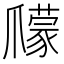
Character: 𤔽